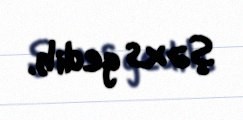
şəxs gedib.